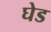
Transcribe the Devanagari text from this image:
घेड